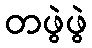
တဖွဲဖွဲ